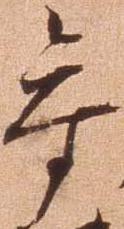
参